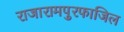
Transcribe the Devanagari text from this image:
राजारामपुरफाजिल